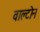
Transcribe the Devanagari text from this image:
वाल्टोन